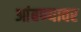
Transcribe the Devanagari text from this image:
आंबण्यावर